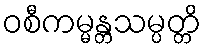
ဝစီကမ္မန္တသမ္ပတ္တိ